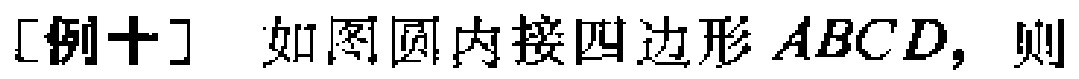
[例十] 如图圆内接四边形 \(ABCD\)，则